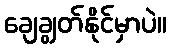
ချေချွတ်နိုင်မှာပဲ။